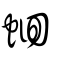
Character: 蛔